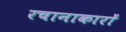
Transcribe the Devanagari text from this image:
रचानाकारों